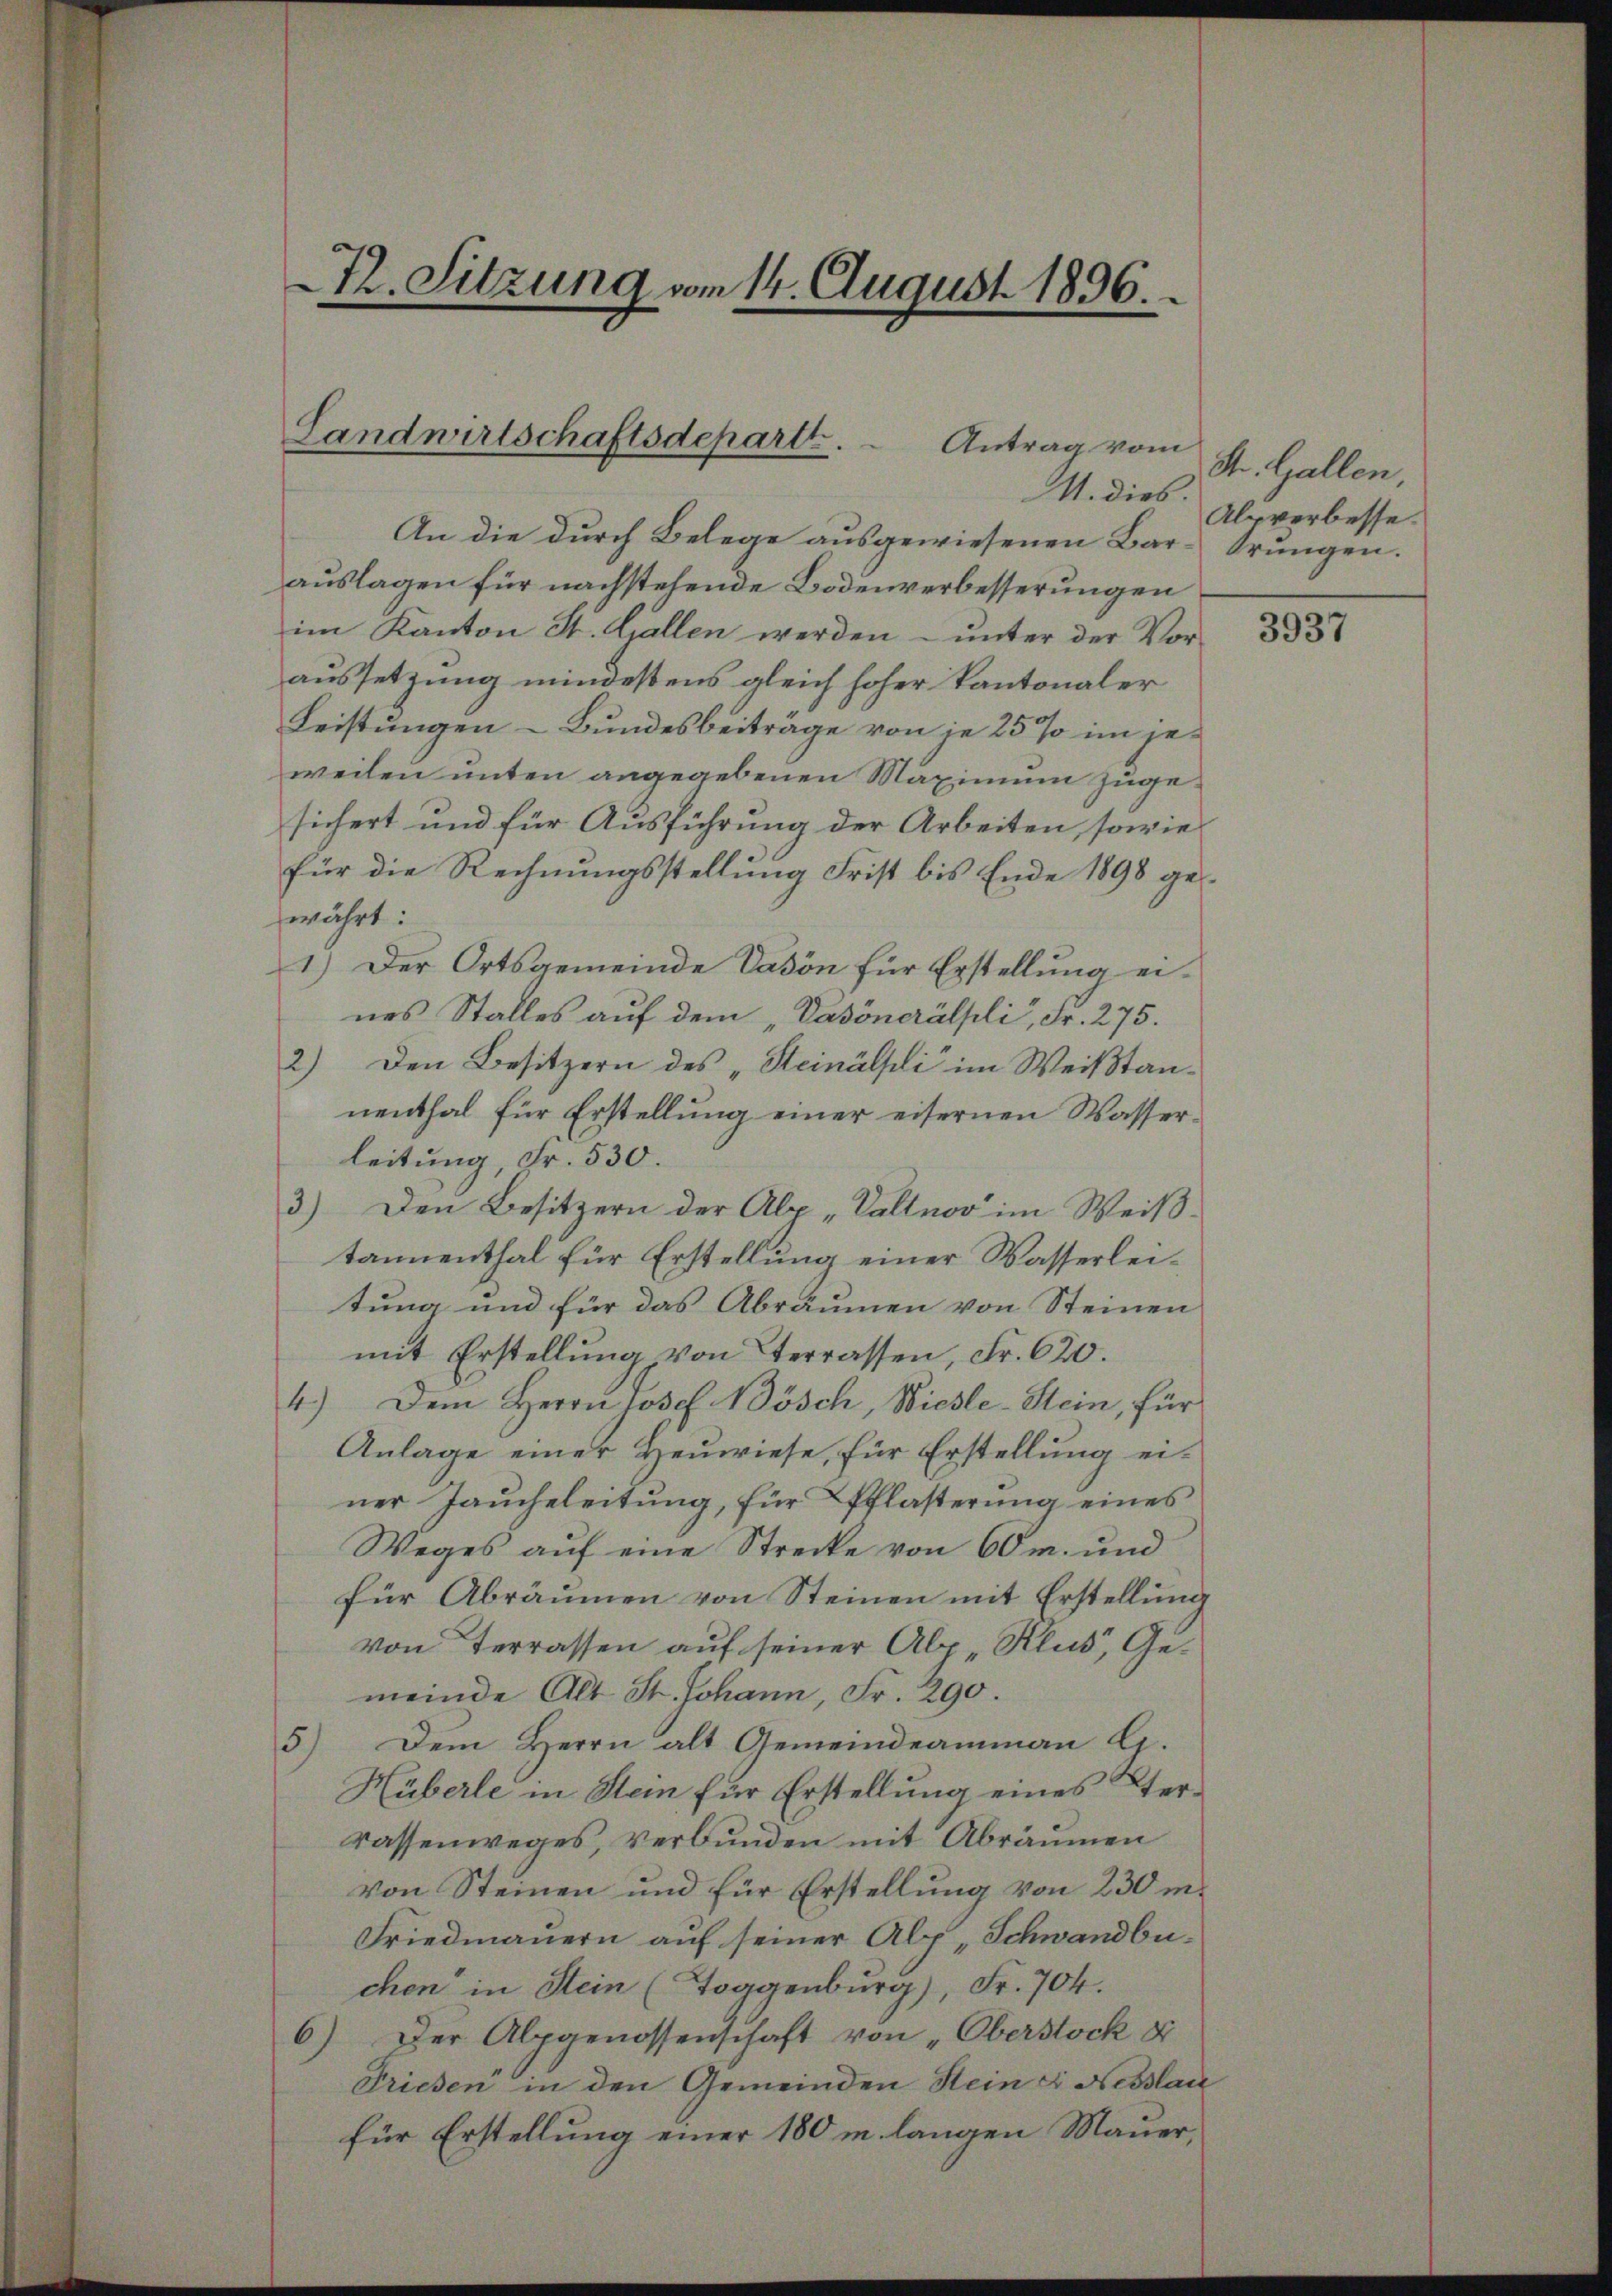
T. Sitzung vom 14. August 1896.

Landwirtschaftsdepart.
 Antrag vom
M. dies.

An die durch Belege ausgewiesenen Bar-Trungen.
auslagen für nachstehende Bodenverbesserungen
im Kanton St. Gallen werden – unter der Vor-
aussetzung mindestens gleich hoher kantonaler
Leistungen - Bundesbeiträge von je 25% im jeweilen unten angegebenen Maximum zugesichert und für Ausführung der Arbeiten, sowie
für die Rechnungsstellung Frist bis Ende 1898 gewährt:
1.) Der Ortsgemeinde Vason für Erstellung eines Stalles auf dem „Dasönerälpli, Fr. 275.
2) Den Besitzern des „Steinälsli im Weißtannenthal für Erstellung einer eisernen Wasserleitung, Fr. 530.
3.) Den Besitzern der Alp „Valtnov im Weißtannenthal für Erstellung einer Wasserleitung und für das Abräumen von Steinen
mit Erstellung von Terrassen, Fr. 620.
4.) Dem Herrn Josef Nösch, Wiesle-Stein, für
Anlage einer Heuwiese, für Erstellung einer Jaŭcheleitung, für Pflasterung eines
Weges auf eine Strecke von 60 m. und
für Abräumen von Steinen mit Erstellung
von Terrassen auf seiner Alp . Klus, Gemeinde Alt St. Johann, Fr. 290.
5) Dem Herrn alt Gemeindeammann G.
Hüberle in Stein für Erstellung eines Sterrassenweges, verbunden mit Abräumen
von Steinen und für Erstellung von 230 m.
Friedmauern auf seiner Alp, Schwandbuchen in Stein (Toggenburg), Fr. 704.
6) Der Alpgenossenschaft von Oberstock di
Triesen in den Gemeinden Heinzi Fesslau
für Erstellung einer 180 m langen Mauer,

St. Gallen,
Alpverbesse.

3937